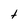
Character: t